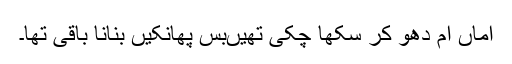
اماں آم دھو کر سکھا چکی تھیںبس پھانکیں بنانا باقی تھا۔